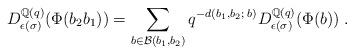
LaTeX: \begin{align*}D^{\mathbb{Q}(q)}_{\epsilon(\sigma)}(\Phi(b_2b_1)) =\sum_{b\in \mathcal{B}(b_1,b_2)} q^{-d(b_1,b_2;\; b)} D^{\mathbb{Q}(q)}_{\epsilon(\sigma)}(\Phi(b))\;.\end{align*}